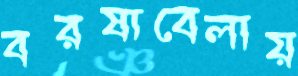
বরষাবেলায়